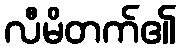
လီမိတက်၏